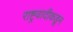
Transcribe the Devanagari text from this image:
राष्ट्रवादीकडून